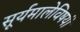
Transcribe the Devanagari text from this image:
सूर्यमालेविषयी